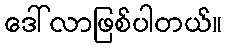
ဒေါ်လာဖြစ်ပါတယ်။